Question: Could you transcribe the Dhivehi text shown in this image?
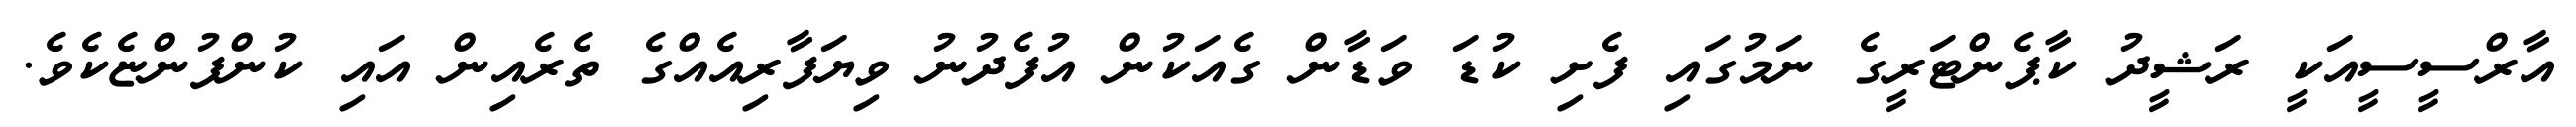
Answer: އާރްސީސީއަކީ ރަޝީދު ކާޕެންޓަރީގެ ނަމުގައި ފެށި ކުޑަ ވަޑާން ގެއަކުން އުފެދުނު ވިޔަފާރިއެއްގެ ތެރެއިން އައި ކުންފުންޏެކެވެ.